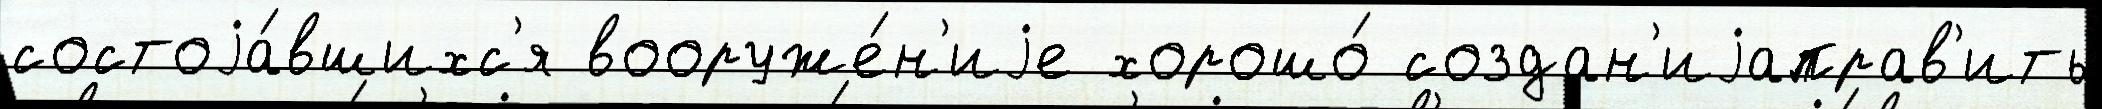
состоjа́вшихс'я вооруже́н'иjе хорошо́ создан'иjаправ'ить